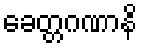
ခေတ္တဂဏာနိ